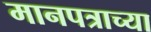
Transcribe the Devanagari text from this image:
मानपत्राच्या